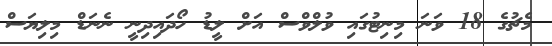
މެޗުގެ 18 ވަނަ މިނިޓުގައި ވުލްވްސް އަށް ލީޑު ހޯދައިދިނީ ނެނަޑް މިލިޔަސް